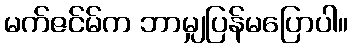
မက်ဇင်မ်က ဘာမျှပြန်မပြောပါ။